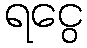
ရငွေ